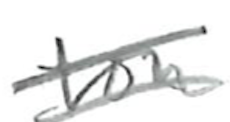
Text: for
Cross-out: double-line
Writing tool: pencil